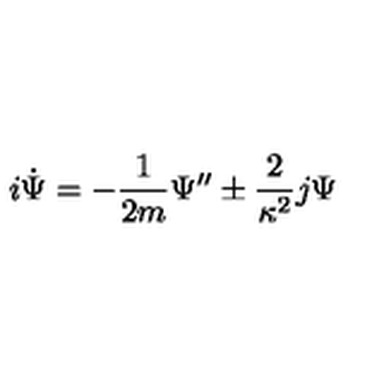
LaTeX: i \dot { \Psi } = - \frac { 1 } { 2 m } \Psi ^ { \prime \prime } \pm \frac { 2 } { \kappa ^ { 2 } } j \Psi